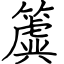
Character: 簴